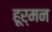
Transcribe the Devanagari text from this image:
हूर्मन